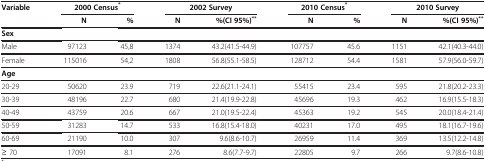
| Variable |  | 2000 Census* |  | 2002 Survey |  | 2010 Census* |  | 2010 Survey |
 | --- | --- | --- | --- | --- | --- | --- | --- | --- |
 |  | N | % | N | %(CI 95%)** | N | % | N | %(CI 95%)** |
 | Sex |  |  |  |  |  |  |  |  |
 | Male | 97123 | 45,8 | 1374 | 43.2(41.5-44.9) | 107757 | 45.6 | 1151 | 42.1(40.3-44.0) |
 | Female | 115016 | 54,2 | 1808 | 56.8(55.1-58.5) | 128712 | 54.4 | 1581 | 57.9(56.0-59.7) |
 | Age |  |  |  |  |  |  |  |  |
 | 20-29 | 50620 | 23.9 | 719 | 22.6(21.1-24.1) | 55415 | 23.4 | 595 | 21.8(20.2-23.3) |
 | 30-39 | 48196 | 22.7 | 680 | 21.4(19.9-22.8) | 45696 | 19.3 | 462 | 16.9(15.5-18.3) |
 | 40-49 | 43759 | 20.6 | 667 | 21.0(19.5-22.4) | 45363 | 19.2 | 545 | 20.0(18.4-21.4) |
 | 50-59 | 31283 | 14.7 | 533 | 16.8(15.4-18.0) | 40231 | 17.0 | 495 | 18.1(16.7-19.6) |
 | 60-69 | 21190 | 10.0 | 307 | 9.6(8.6-10.7) | 26959 | 11.4 | 369 | 13.5(12.2-14.8) |
 | ≥ 70 | 17091 | 8.1 | 276 | 8.6(7.7-9.7) | 22805 | 9.7 | 266 | 9.7(8.6-10.8) |